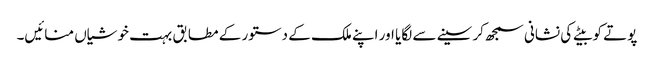
پوتے کو بیٹے کی نشانی سمجھ کر سینے سے لگایا اور اپنے ملک کے دستور کے مطابق بہت خوشیاں منائیں۔